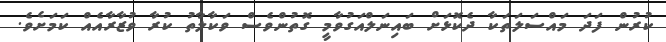
ކުރުން ފަދަ މައްސަލަތަކާ ދެކޮޅަށް ބައިނަލްއަގުވާމީ ގޮތުންވެސް ވަކާލާތު ކުރާ ވުޒާރާއެއް ކަމަށެވެ.